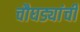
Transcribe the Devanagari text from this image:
चौघड्यांची